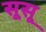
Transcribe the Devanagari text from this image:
सूसू